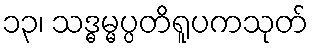
၁၃၊ သဒ္ဓမ္မပ္ပတိရူပကသုတ်